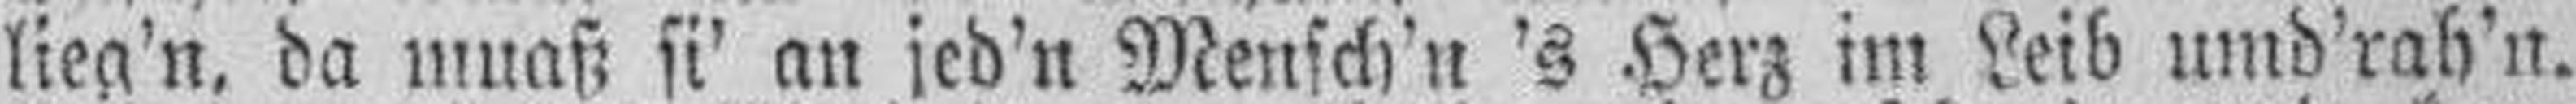
lieg'n, da muaß si' an jed'n Mensch'n 's Herz im Leib umd'rah'n.